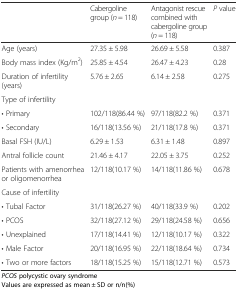
<table><thead><tr><td></td><td><b>Cabergoline group (<i>n</i> = 118)</b></td><td><b>Antagonist rescue combined with cabergoline group (<i>n</i> = 118)</b></td><td><b><i>P</i> value</b></td></tr></thead><tbody><tr><td>Age (years)</td><td>27.35 ± 5.98</td><td>26.69 ± 5.58</td><td>0.387</td></tr><tr><td>Body mass index (Kg/m<sup>2</sup>)</td><td>25.85 ± 4.54</td><td>26.47 ± 4.23</td><td>0.28</td></tr><tr><td>Duration of infertility (years)</td><td>5.76 ± 2.65</td><td>6.14 ± 2.58</td><td>0.275</td></tr><tr><td>Type of infertility</td><td></td><td></td><td></td></tr><tr><td>• Primary</td><td>102/118(86.44 %)</td><td>97/118(82.2 %)</td><td>0.371</td></tr><tr><td>• Secondary</td><td>16/118(13.56 %)</td><td>21/118(17.8 %)</td><td>0.371</td></tr><tr><td>Basal FSH (IU/L)</td><td>6.29 ± 1.53</td><td>6.31 ± 1.48</td><td>0.897</td></tr><tr><td>Antral follicle count</td><td>21.46 ± 4.17</td><td>22.05 ± 3.75</td><td>0.252</td></tr><tr><td>Patients with amenorrhea or oligomenorrhea</td><td>12/118(10.17 %)</td><td>14/118(11.86 %)</td><td>0.678</td></tr><tr><td>Cause of infertility</td><td></td><td></td><td></td></tr><tr><td>• Tubal Factor</td><td>31/118(26.27 %)</td><td>40/118(33.9 %)</td><td>0.202</td></tr><tr><td>• PCOS</td><td>32/118(27.12 %)</td><td>29/118(24.58 %)</td><td>0.656</td></tr><tr><td>• Unexplained</td><td>17/118(14.41 %)</td><td>12/118(10.17 %)</td><td>0.322</td></tr><tr><td>• Male Factor</td><td>20/118(16.95 %)</td><td>22/118(18.64 %)</td><td>0.734</td></tr><tr><td>• Two or more factors</td><td>18/118(15.25 %)</td><td>15/118(12.71 %)</td><td>0.573</td></tr></tbody></table>